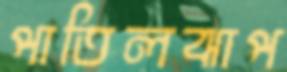
পাতিলঝাপ